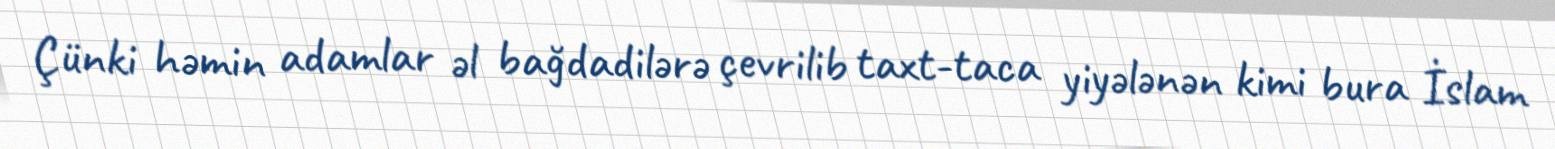
Çünki həmin adamlar əl bağdadilərə çevrilib taxt-taca yiyələnən kimi bura İslam